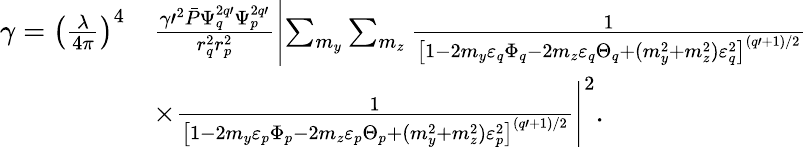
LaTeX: \begin{array}{rl}{\gamma=\left(\frac{\lambda}{4\pi}\right)^{4}}&{\frac{\gamma\prime^{2}\bar{P}\Psi_{q}^{2q\prime}\Psi_{p}^{2q\prime}}{r_{q}^{2}r_{p}^{2}}\left|\sum_{m_{y}}\sum_{m_{z}}\frac 1{\left[1-2m_{y}\varepsilon_{q}\Phi_{q}-2m_{z}\varepsilon_{q}\Theta_{q}+(m_{y}^{2}+m_{z}^{2})\varepsilon_{q}^{2}\right]^{(q\prime+1)/2}}\right.}\\ &{\left.\times\frac 1{\left[1-2m_{y}\varepsilon_{p}\Phi_{p}-2m_{z}\varepsilon_{p}\Theta_{p}+(m_{y}^{2}+m_{z}^{2})\varepsilon_{p}^{2}\right]^{(q\prime+1)/2}}\right|^{2}.}\end{array}